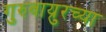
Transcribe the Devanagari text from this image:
गुरुवाय्रुरच्या